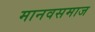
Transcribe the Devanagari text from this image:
मानवसमाज